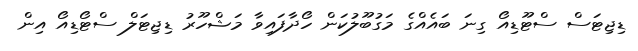
ޑިޖިޓަސް ސްޓޫޑިއޯ ގިނަ ބައެއްގެ މަގުބޫލުކަން ހޯދާފައިވާ މަޝްހޫރު ޑިޖިޓަލް ސްޓޯޑިއޯ އިން